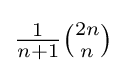
{\tfrac {1}{n+1}}{\tbinom {2n}{n}}